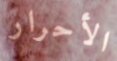
الأحرار